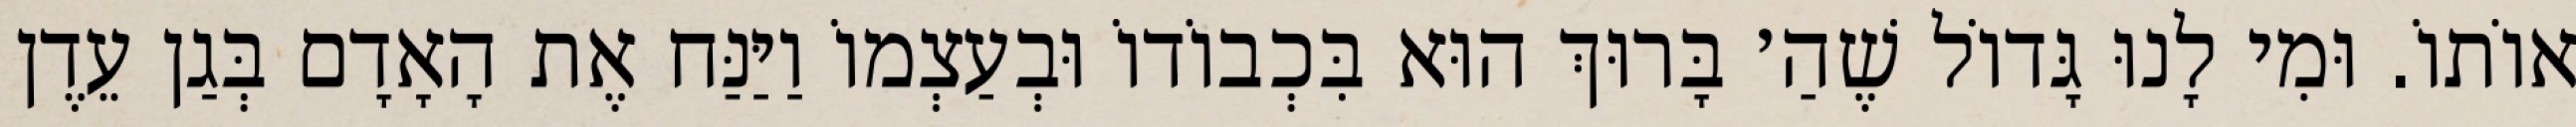
אוֹתוֹ. וּמִי לָנוּ גָּדוֹל שֶׁהַ׳ בָּרוּךְ הוּא בִּכְבוֹדוֹ וּבְעַצְמוֹ וַיַּנַּח אֶת הָאָדָם בְּגַן עֵדֶן